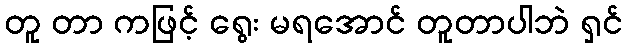
တူ တာ ကဖြင့် ရွေး မရအောင် တူတာပါဘဲ ရှင်